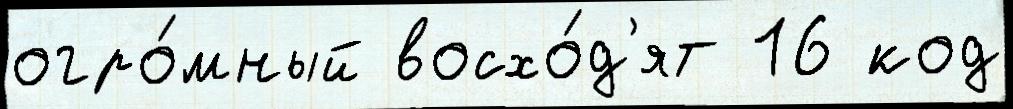
огро́мный восхо́д'ят 16 код